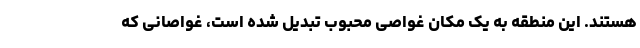
هستند. این منطقه به یک مکان غواصی محبوب تبدیل شده است، غواصانی که